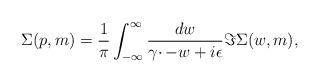
LaTeX: \begin{align*}\Sigma (p,m)=\frac{1}{\pi }\int_{-\infty }^{\infty }\frac{dw}{\gamma \cdotp-w+i\epsilon }\Im \Sigma (w,m),\end{align*}